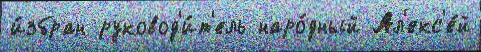
и́збран руковод'и́т'ель наро́дный Ал'екс'е́й